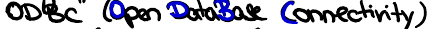
ODBC (Open DataBase Connectivity)